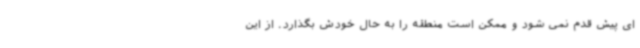
ای پیش قدم نمی شود و ممکن است منطقه را به حال خودش بگذارد. از این